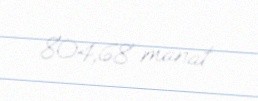
804,68 manat